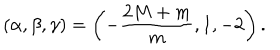
LaTeX: ( \alpha , \beta , \gamma ) = \left( - \frac { 2 M + m } { m } , 1 , - 2 \right) .